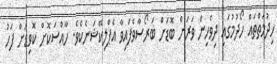
ހިދުމަތްތައް ހޯދުމުގައި ދިވެހިން ވަރަށް ބޮޑަށް ބަރޯސާވެފައިވާ އެޕްލިކޭޝަނެކެވެ. ހާއްސަކޮށް ކޮވިޑަށް ފަހު